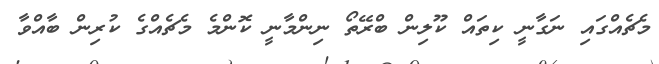
މެޗެއްގައި ނަގާނީ ކިތައް ކޫލިން ބްރޭތޯ ނިންމާނީ ކޮންމެ މެޗެއްގެ ކުރިން ބާއްވާ